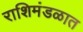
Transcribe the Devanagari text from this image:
राशिमंडळात